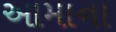
આમાના